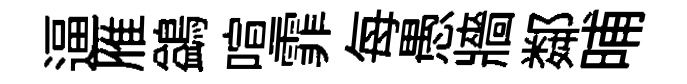
逼雁鷁喧霏每愚牆鄰晡